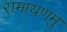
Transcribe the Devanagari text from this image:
रामायणमु